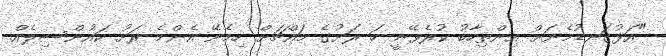
"އަޅުގަނޑުމެނަށް އިންތިހާބު ކުރެވޭނީ ހަ ރަށުގެ މައްޗަށް ހިމެނޭ އެންމެ ރަށު ކައުންސިލެއް.